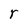
Character: r